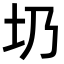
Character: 𡉁